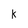
Character: k